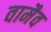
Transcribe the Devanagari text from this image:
वामैव